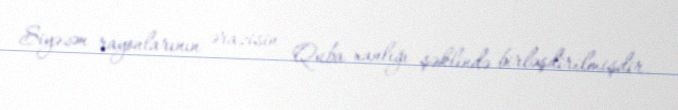
Siyəzən rayonlarının ərazisin Quba xanlığı şəklində birləşdirilmişdir.